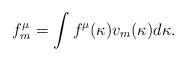
LaTeX: \begin{align*}f_m^\mu=\int f^\mu(\kappa)v_m(\kappa)d\kappa.\end{align*}